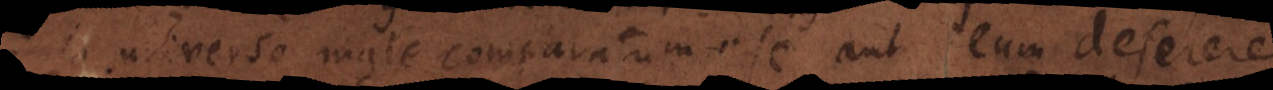
in universo male comparatum esse, aut Deum deserere